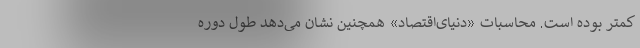
کمتر بوده است. محاسبات «دنیای‌اقتصاد» همچنین نشان می‌دهد طول دوره